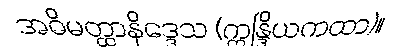
အဓိမတ္ထာနိဒ္ဒေသ (ဣန္ဒြိယကထာ)။